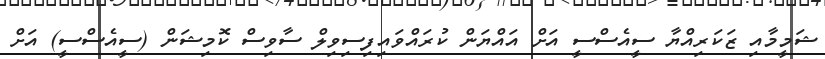
ޝަމީމާއި ޒަކަރިއްޔާ ސީއެސްސީ އަށް އައްޔަން ކުރައްވައިފިސިވިލް ސާވިސް ކޮމިޝަން (ސީއެސްސީ) އަށް